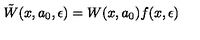
\tilde { W } ( x , a _ { 0 } , \epsilon ) = W ( x , a _ { 0 } ) f ( x , \epsilon )